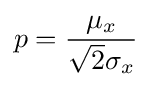
p={\frac {\mu _{x}}{{\sqrt {2}}\sigma _{x}}}